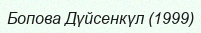
Бопова Дүйсенкүл (1999)